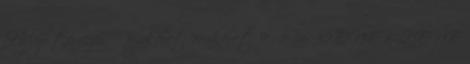
Helyi tervezésű órakeret órakeret 9. 1 36 32 ÉNEK-ZENE